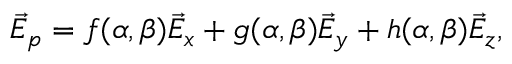
\vec { E } _ { p } = f ( \alpha , \beta ) \vec { E } _ { x } + g ( \alpha , \beta ) \vec { E } _ { y } + h ( \alpha , \beta ) \vec { E } _ { z } ,